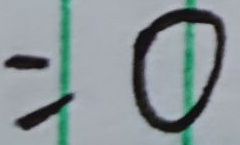
= 0